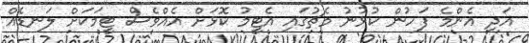
އަދި އެންމެ ފަހުން ކުޅުުނު މެޗުގައި އެޓީމު ކޮޅަށް އެއްވެސް ޓީމަކަށް ލަނޑެއް